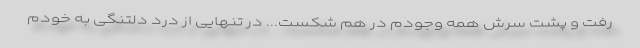
رفت و پشت سرش همه وجودم در هم شکست... در تنهایی از درد دلتنگی به خودم